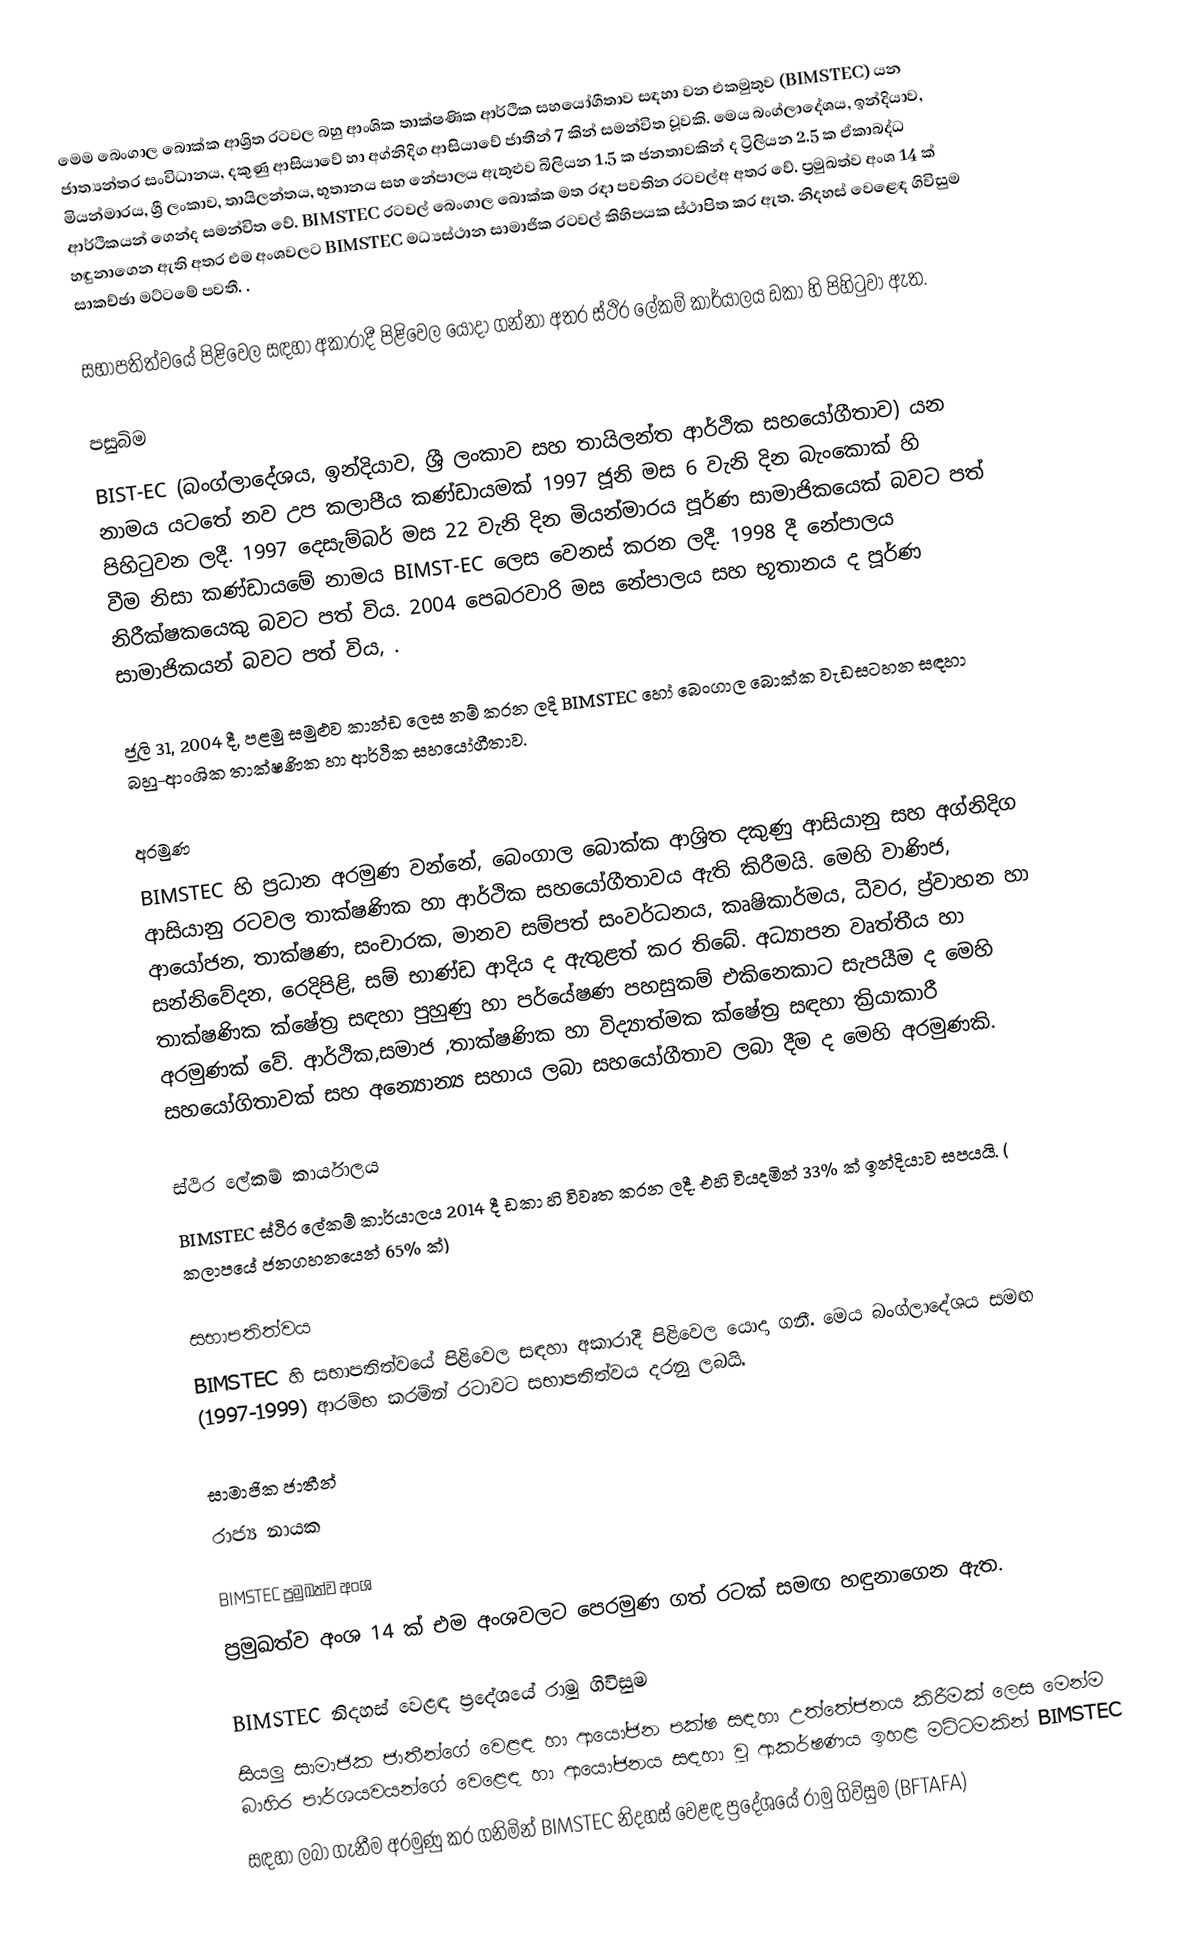
මෙම බෙංගාල බොක්ක ආශ්‍රිත රටවල බහු  ආංශික තාක්ෂණික ආර්ථික සහයෝගීතාව සඳහා වන එකමුතුව (BIMSTEC)  යන ජාත්‍යන්තර සංවිධානය,  දකුණු ආසියාවේ හා අග්නිදිග ආසියාවේ ජාතීන් 7 කින් සමන්විත වූවකි. මෙය  බංග්ලාදේශය, ඉන්දියාව, මියන්මාරය, ශ්‍රී ලංකාව, තායිලන්තය, භූතානය සහ නේපාලය  ඇතුළුව  බිලියන 1.5  ක ජනතාවකින් ද ට්‍රිලියන  2.5 ක ඒකාබද්ධ ආර්ථිකයන් ගෙන්ද සමන්විත වේ. BIMSTEC රටවල්  බෙංගාල බොක්ක මත රඳා පවතින රටවල්අ අතර වේ. ප්‍රමුඛත්ව අංශ 14 ක් හඳුනාගෙන ඇති අතර එම අංශවලට  BIMSTEC මධ්‍යස්ථාන සාමාජික රටවල් කිහිපයක ස්ථාපිත කර ඇත. නිදහස් වෙළෙඳ ගිවිසුම සාකච්ඡා මට්ටමේ පවතී. .

සභාපතිත්වයේ පිළිවෙල සඳහා අකාරාදී පිළිවෙල යොදා ගන්නා අතර  ස්ථිර ලේකම් කාර්යාලය ඩකා හි පිහිටුවා ඇත.

පසුබිම
BIST-EC (බංග්ලාදේශය, ඉන්දියාව, ශ්‍රී ලංකාව සහ තායිලන්ත ආර්ථික සහයෝගීතාව) යන නාමය යටතේ  නව උප කලාපීය කණ්ඩායමක්  1997 ජූනි මස 6 වැනි දින බැංකොක් හි පිහිටුවන ලදී.  1997 දෙසැම්බර් මස 22 වැනි දින මියන්මාරය පූර්ණ සාමාජිකයෙක්  බවට පත් වීම නිසා කණ්ඩායමේ නාමය BIMST-EC ලෙස වෙනස් කරන ලදී.  1998 දී නේපාලය නිරීක්ෂකයෙකු බවට පත් විය. 2004 පෙබරවාරි මස නේපාලය සහ භූතානය ද පූර්ණ සාමාජිකයන් බවට පත් විය, .

ජූලි 31, 2004 දී, පළමු සමුළුව කාන්ඩ ලෙස නම් කරන ලදි BIMSTEC හෝ බෙංගාල බොක්ක වැඩසටහන සඳහා බහු-ආංශික තාක්ෂණික හා ආර්ථික සහයෝගීතාව.

අරමුණ
BIMSTEC හි ප්‍රධාන අරමුණ  වන්නේ, බෙංගාල බොක්ක ආශ්‍රිත දකුණු ආසියානු සහ අග්නිදිග ආසියානු රටවල  තාක්ෂණික හා ආර්ථික සහයෝගීතාවය ඇති කිරීමයි. මෙහි වාණිජ, ආයෝජන, තාක්ෂණ, සංචාරක, මානව සම්පත් සංවර්ධනය, කෘෂිකාර්මය, ධීවර, ප්‍ර්වාහන හා සන්නිවේදන, රෙදිපිළි, සම් භාණ්ඩ ආදිය ද  ඇතුළත් කර තිබේ. අධ්‍යාපන වෘත්තීය හා තාක්ෂණික ක්ෂේත්‍ර සඳහා පුහුණු හා පර්යේෂණ පහසුකම් එකිනෙකාට සැපයීම ද මෙහි අරමුණක් වේ. ආර්ථික,සමාජ ,තාක්ෂණික හා විද්‍යාත්මක ක්ෂේත්‍ර සඳහා ක්‍රියාකාරී සහයෝගිතාවක් සහ අන්‍යොන්‍ය සහාය ලබා සහයෝගීතාව ලබා දීම ද මෙහි අරමුණකි.

ස්ථිර ලේකම් කාර්යාලය
BIMSTEC ස්ථිර ලේකම් කාර්යාලය  2014 දී  ඩකා හි විවෘත කරන ලදී. එහි වියදමින් 33% ක් ඉන්දියාව සපයයි. ( කලාපයේ ජනගහනයෙන් 65% ක්)

සභාපතිත්වය
BIMSTEC හි සභාපතිත්වයේ පිළිවෙල සඳහා අකාරාදී පිළිවෙල යොදා ගනී. මෙය බංග්ලාදේශය සමඟ (1997-1999) ආරම්භ කරමින් රටාවට සභාපතිත්වය දරනු ලබයි.

සාමාජික ජාතීන්
රාජ්‍ය නායක

BIMSTEC ප්‍රමුඛත්ව අංශ
ප්‍රමුඛත්ව අංශ 14 ක් එම අංශවලට පෙරමුණ ගත් රටක් සමඟ හඳුනාගෙන ඇත.

BIMSTEC නිදහස් වෙළඳ ප්‍රදේශයේ රාමු  ගිවිසුම
සියලු සාමාජික ජාතීන්ගේ වෙළඳ හා ආයෝජන පක්ෂ සඳහා උත්තේජනය කිරීමක් ලෙස මෙන්ම  බාහිර පාර්ශයවයන්ගේ වෙළෙඳ හා ආයෝජනය සඳහා වූ  ආකර්ෂණය ඉහළ මට්ටමකින් BIMSTEC  
සඳහා ලබා ගැනීම අරමුණු කර ගනිමින් BIMSTEC නිදහස් වෙළඳ ප්‍රදේශයේ රාමු ගිවිසුම (BFTAFA)